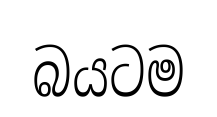
බයටම